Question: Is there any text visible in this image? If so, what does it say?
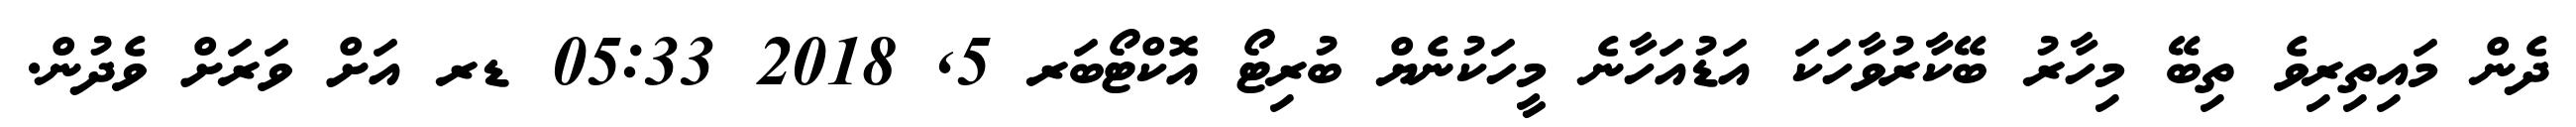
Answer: ދެން މައިތިރިވެ ތިބޭ މިހާރު ބޭކާރުވާހަކަ އަޑުއަހާނެ މީހަކުނެޔް ބުރިޓޯ އޮކްޓޯބަރ 5, 2018 05:33 ޑރ އަށް ވަރަށް ވެދުން.